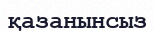
қазанынсыз